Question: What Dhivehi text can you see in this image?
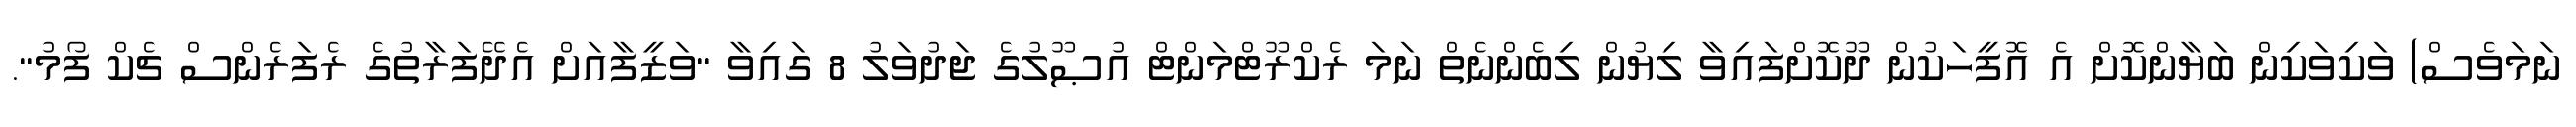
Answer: ނަމަވެސް) ވަކިވަކިން ބަޔާންކޮށް އެ އޮފީހަކުން ދޫކޮށްފައިވާ ލިޔުން ލިބެންނެތް ނަމަ ރެކްރޫޓްމަންޓް އުޞޫލުގެ ޖަދުވަލު 8 ގައިވާ "ވަޒީފާއަށް އެދޭފަރާތުގެ ރެފަރެންސް ޗެކް ފޯމު".